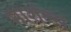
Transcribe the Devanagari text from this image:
मार्शल्स